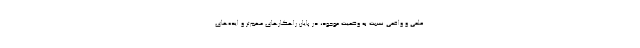
علمی و واقعی نسبت به وضعیت موجود، در پایان راهکارهای مهم‌تر و ایده‌های